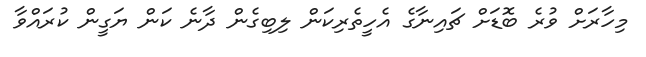
މިހާރަށް ވުރެ ބޮޑަށް ޗައިނާގެ އެހީތެރިކަން ލިބިގެން ދާނެ ކަން ޔަގީން ކުރައްވާ